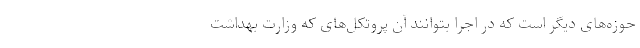
حوزه‌های دیگر است که در اجرا بتوانند آن پروتکل‌های که وزارت بهداشت